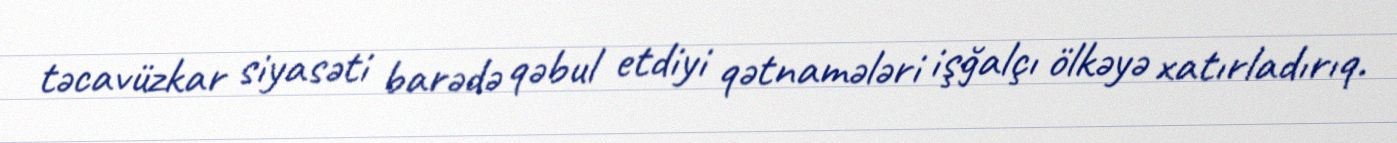
təcavüzkar siyasəti barədə qəbul etdiyi qətnamələri işğalçı ölkəyə xatırladırıq.